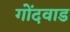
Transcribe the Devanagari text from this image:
गोंदवाड